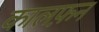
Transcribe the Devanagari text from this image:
कालफ़न